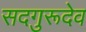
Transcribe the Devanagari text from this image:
सदगुरूदेव